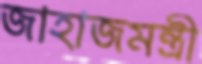
জাহাজমন্ত্রী